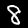
Digit: 8